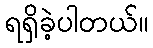
ရရှိခဲ့ပါတယ်။